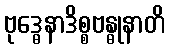
ဗုဒ္ဓေနာဒိစ္စဗန္ဓုနာတိ